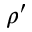
\rho ^ { \prime }